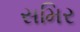
સમિર